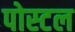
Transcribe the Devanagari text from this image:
पोस्‍टल